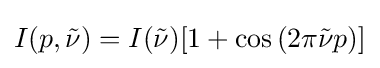
I(p,{\tilde {\nu }})=I({\tilde {\nu }})[1+\cos \left(2\pi {\tilde {\nu }}p\right)]